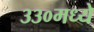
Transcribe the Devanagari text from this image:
३३०मध्ये